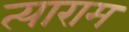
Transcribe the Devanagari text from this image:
त्याराम